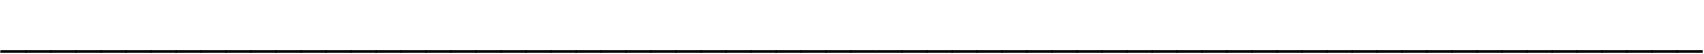
____________________________________________________________________